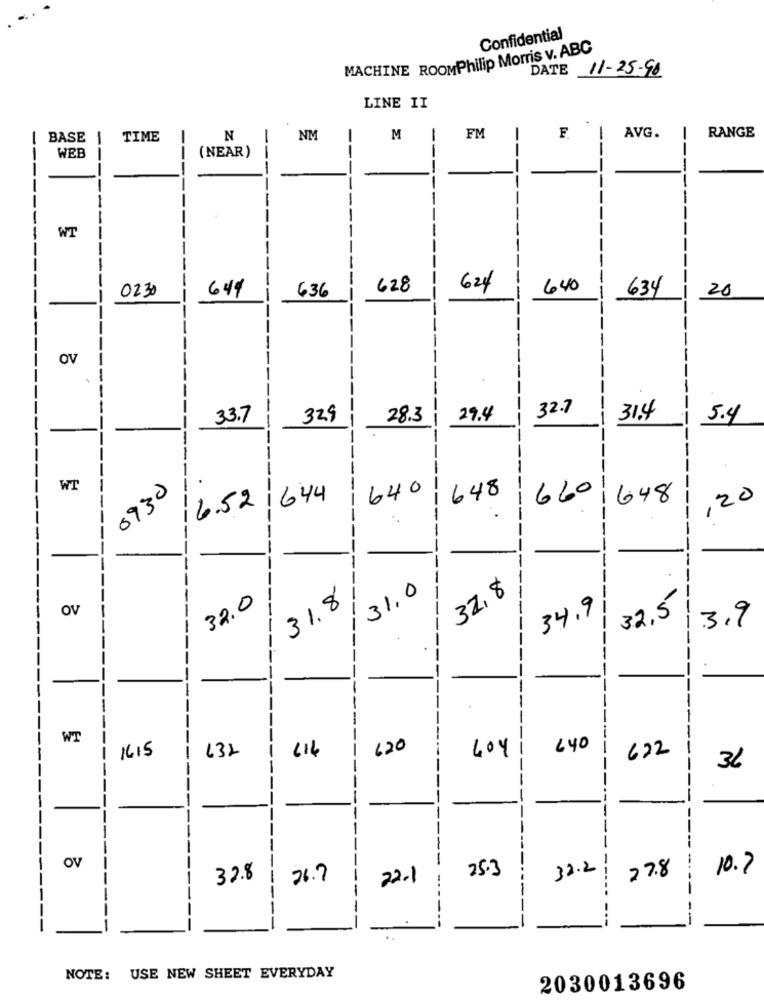
Confidential
MACHINE ROOMPhilip Morris v. ABC
DATE
11-25-90
LINE II
RANGE
[ BASE 1
TIME
N
NM
2
FM
AVG.
WEB
(NEAR)
--
--
---
-
-
-
----
---
-
WT
-
----
--------
--
0230
644
636
628
624
640
634
20
--
----
OV
---
32.7
M
33.7
329
28.3
29.4
31.4
5.4
--
-
WT
0930
-
640
0
6.52 1644
648
---
660
648
20
2
-
31,0
32, $
32.0
31.8
OV
--
34.9
32.5
M
3.9
WT
----
-
1415
132
620
O
404
640
622
36
--
--
---
OV
25.3
32.2
--
27.8
10.7
-
32.8
26.7
22.1
----
----
-
-
NOTE: USE NEW SHEET EVERYDAY
2030013696